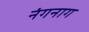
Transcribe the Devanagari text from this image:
नंगनाग